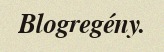
Blogregény.